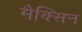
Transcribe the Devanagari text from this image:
मैक्सिन